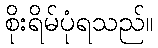
စိုးရိမ်ပုံရသည်။